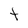
Character: t